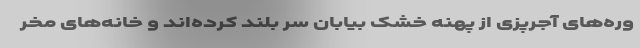
وره‌های آجرپزی از پهنه خشک بیابان سر بلند کرده‌اند و خانه‌های مخر